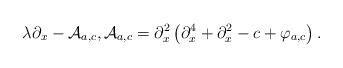
LaTeX: \begin{align*}\lambda\partial_x-\mathcal A_{a,c},\mathcal A_{a,c} = \partial_x^2\left(\partial_x^4+\partial_x^2-c+\varphi_{a,c}\right).\end{align*}